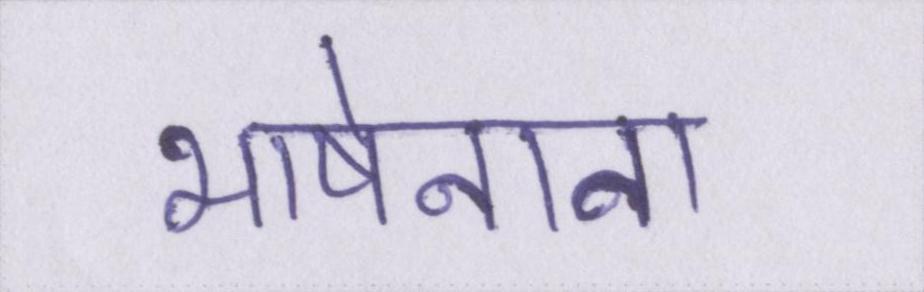
भाषेनाना